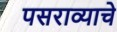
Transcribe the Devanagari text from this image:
पसराव्याचे